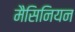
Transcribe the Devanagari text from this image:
मैसिनियन